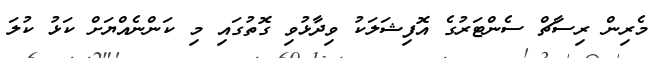
މެރިން ރިސާޗް ސެންޓަރުގެ އޮފިޝަލަކު ވިދާޅުވި ގޮތުގައި މި ކަންނެއްޔަށް ކަޅު ކުލަ